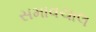
સમાવચાલ